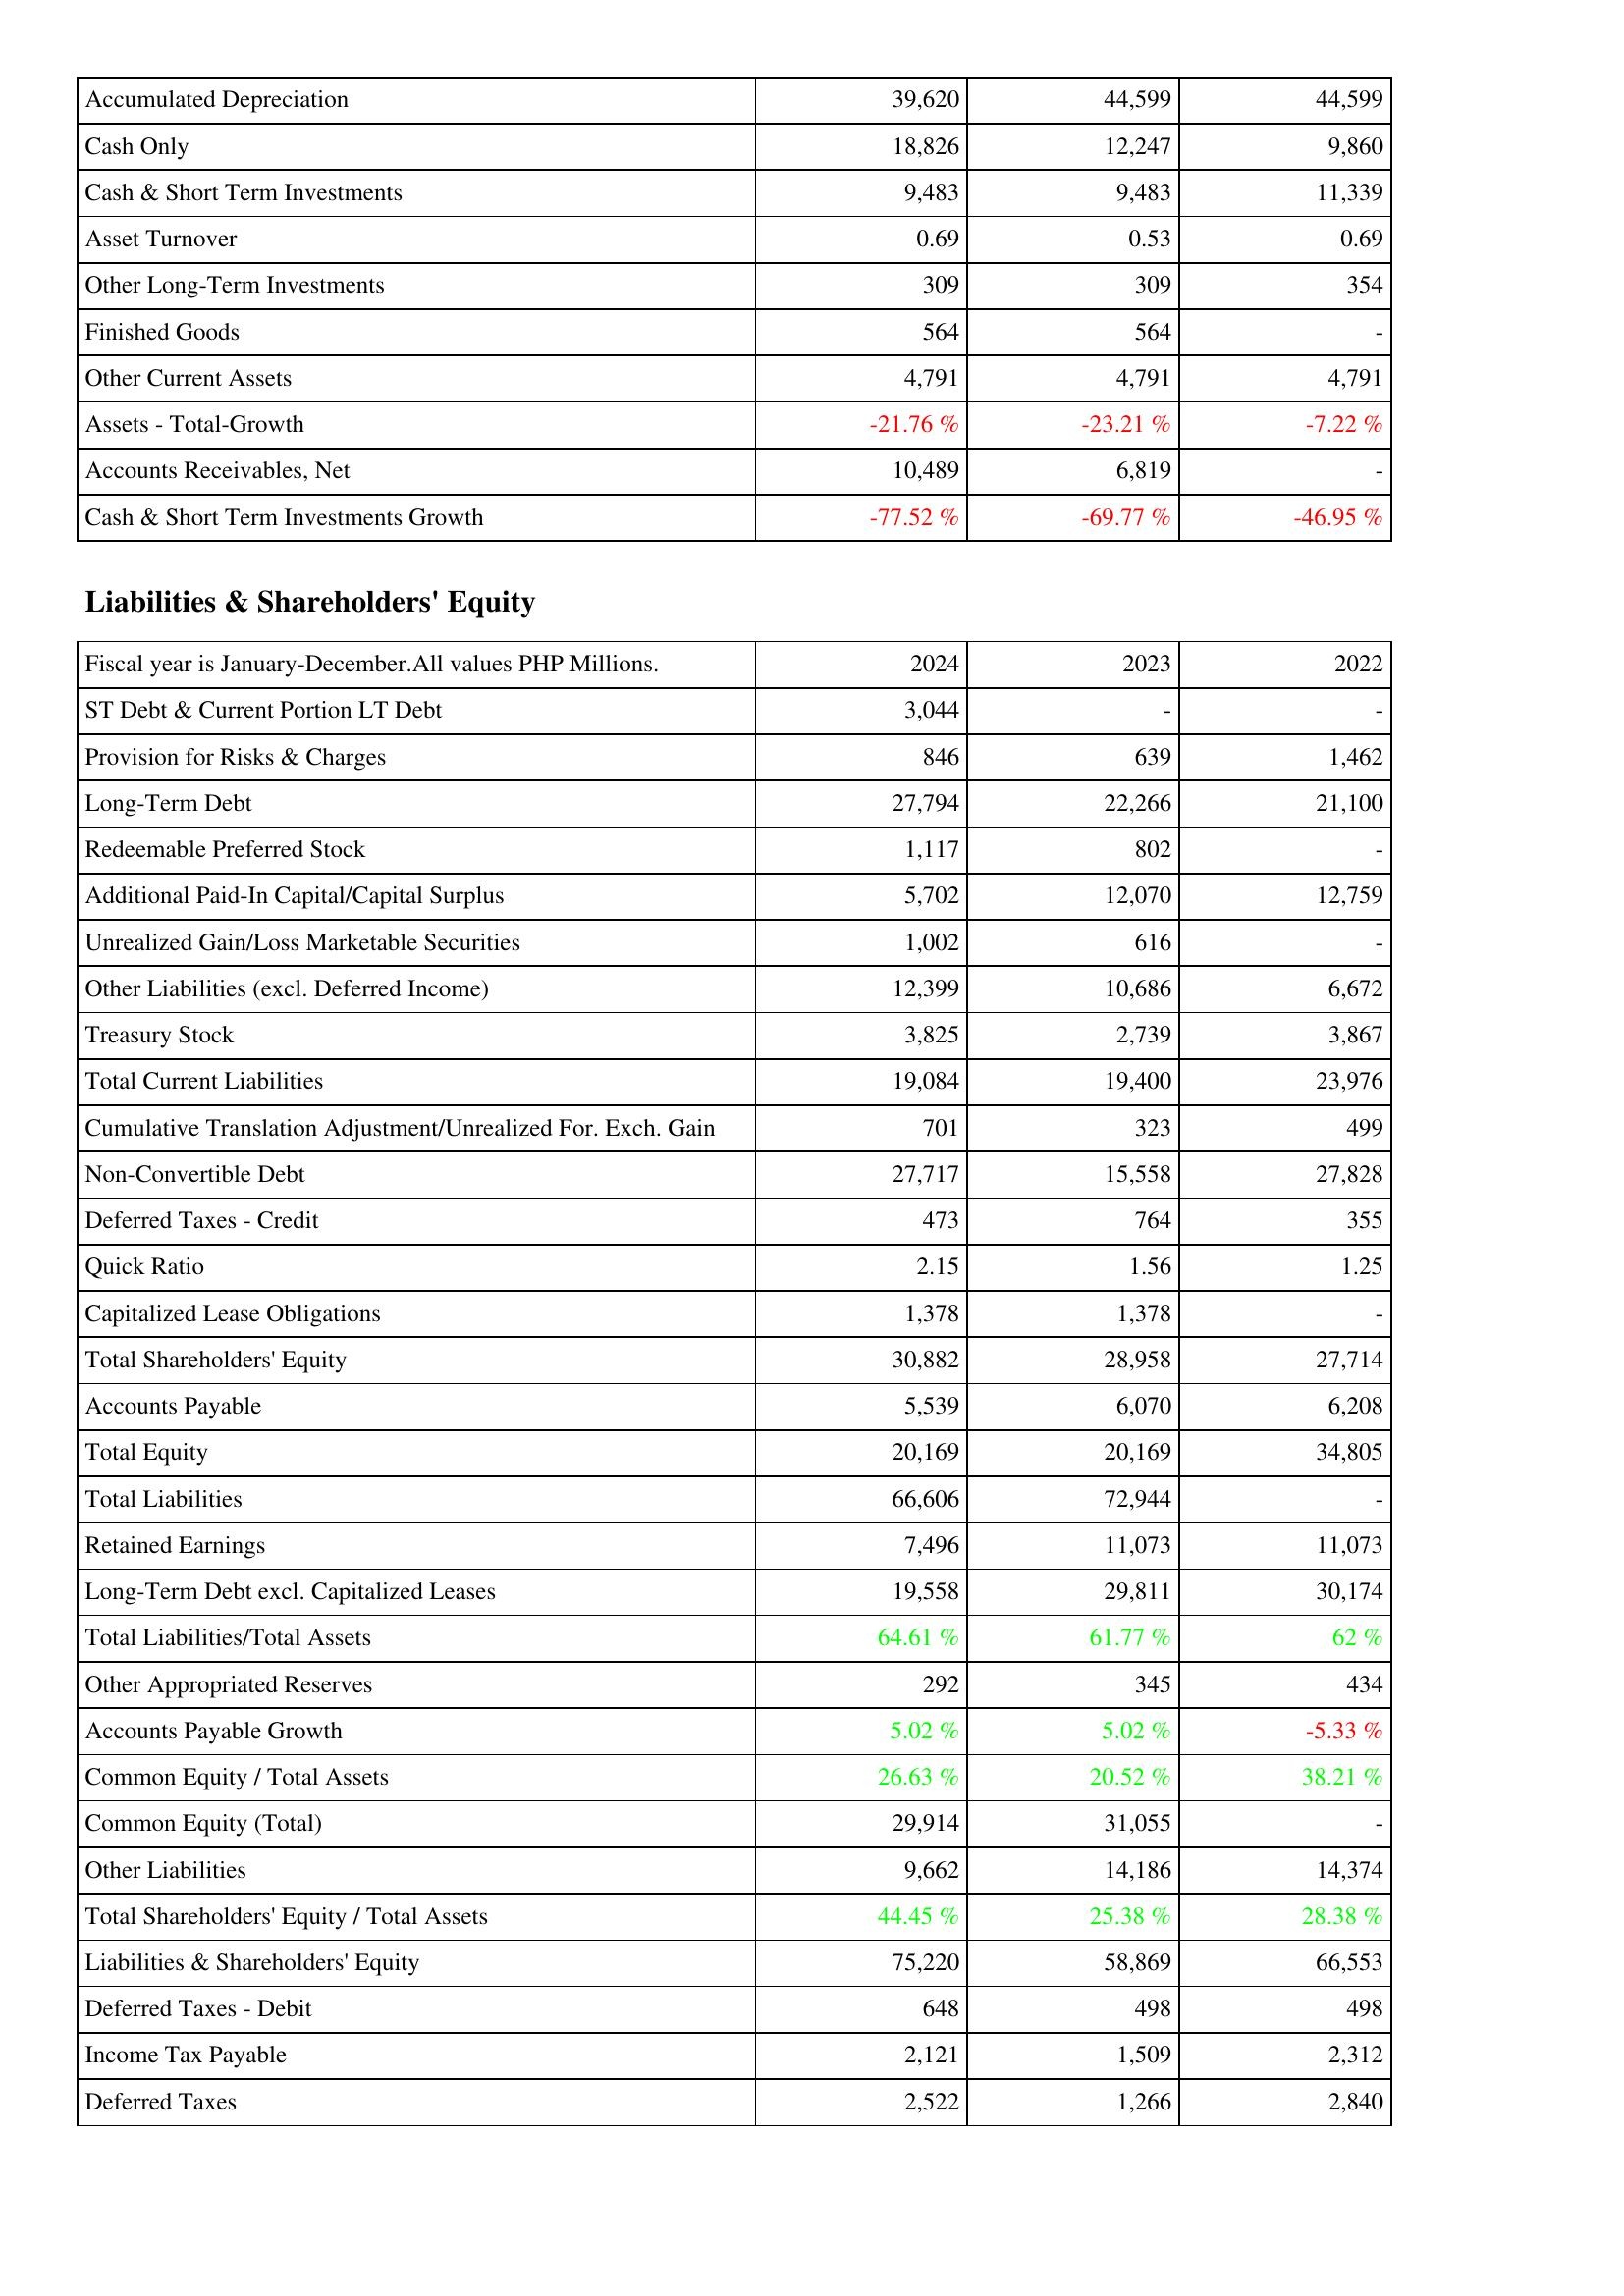
2024: Assets: Accumulated Depreciation: 39,620
Cash Only: 18,826
Cash & Short Term Investments: 9,483
Asset Turnover: 0.69
Other Long-Term Investments: 309
Finished Goods: 564
Other Current Assets: 4,791
Assets - Total-Growth: -21.76 %
Accounts Receivables, Net: 10,489
Cash & Short Term Investments Growth: -77.52 %
Liabilities & Shareholders' Equity: ST Debt & Current Portion LT Debt: 3,044
Provision for Risks & Charges: 846
Long-Term Debt: 27,794
Redeemable Preferred Stock: 1,117
Additional Paid-In Capital/Capital Surplus: 5,702
Unrealized Gain/Loss Marketable Securities: 1,002
Other Liabilities (excl. Deferred Income): 12,399
Treasury Stock: 3,825
Total Current Liabilities: 19,084
Cumulative Translation Adjustment/Unrealized For. Exch. Gain: 701
Non-Convertible Debt: 27,717
Deferred Taxes - Credit: 473
Quick Ratio: 2.15
Capitalized Lease Obligations: 1,378
Total Shareholders' Equity: 30,882
Accounts Payable: 5,539
Total Equity: 20,169
Total Liabilities: 66,606
Retained Earnings: 7,496
Long-Term Debt excl. Capitalized Leases: 19,558
Total Liabilities/Total Assets: 64.61 %
Other Appropriated Reserves: 292
Accounts Payable Growth: 5.02 %
Common Equity / Total Assets: 26.63 %
Common Equity (Total): 29,914
Other Liabilities: 9,662
Total Shareholders' Equity / Total Assets: 44.45 %
Liabilities & Shareholders' Equity: 75,220
Deferred Taxes - Debit: 648
Income Tax Payable: 2,121
Deferred Taxes: 2,522
2023: Assets: Accumulated Depreciation: 44,599
Cash Only: 12,247
Cash & Short Term Investments: 9,483
Asset Turnover: 0.53
Other Long-Term Investments: 309
Finished Goods: 564
Other Current Assets: 4,791
Assets - Total-Growth: -23.21 %
Accounts Receivables, Net: 6,819
Cash & Short Term Investments Growth: -69.77 %
Liabilities & Shareholders' Equity: ST Debt & Current Portion LT Debt: -
Provision for Risks & Charges: 639
Long-Term Debt: 22,266
Redeemable Preferred Stock: 802
Additional Paid-In Capital/Capital Surplus: 12,070
Unrealized Gain/Loss Marketable Securities: 616
Other Liabilities (excl. Deferred Income): 10,686
Treasury Stock: 2,739
Total Current Liabilities: 19,400
Cumulative Translation Adjustment/Unrealized For. Exch. Gain: 323
Non-Convertible Debt: 15,558
Deferred Taxes - Credit: 764
Quick Ratio: 1.56
Capitalized Lease Obligations: 1,378
Total Shareholders' Equity: 28,958
Accounts Payable: 6,070
Total Equity: 20,169
Total Liabilities: 72,944
Retained Earnings: 11,073
Long-Term Debt excl. Capitalized Leases: 29,811
Total Liabilities/Total Assets: 61.77 %
Other Appropriated Reserves: 345
Accounts Payable Growth: 5.02 %
Common Equity / Total Assets: 20.52 %
Common Equity (Total): 31,055
Other Liabilities: 14,186
Total Shareholders' Equity / Total Assets: 25.38 %
Liabilities & Shareholders' Equity: 58,869
Deferred Taxes - Debit: 498
Income Tax Payable: 1,509
Deferred Taxes: 1,266
2022: Assets: Accumulated Depreciation: 44,599
Cash Only: 9,860
Cash & Short Term Investments: 11,339
Asset Turnover: 0.69
Other Long-Term Investments: 354
Finished Goods: -
Other Current Assets: 4,791
Assets - Total-Growth: -7.22 %
Accounts Receivables, Net: -
Cash & Short Term Investments Growth: -46.95 %
Liabilities & Shareholders' Equity: ST Debt & Current Portion LT Debt: -
Provision for Risks & Charges: 1,462
Long-Term Debt: 21,100
Redeemable Preferred Stock: -
Additional Paid-In Capital/Capital Surplus: 12,759
Unrealized Gain/Loss Marketable Securities: -
Other Liabilities (excl. Deferred Income): 6,672
Treasury Stock: 3,867
Total Current Liabilities: 23,976
Cumulative Translation Adjustment/Unrealized For. Exch. Gain: 499
Non-Convertible Debt: 27,828
Deferred Taxes - Credit: 355
Quick Ratio: 1.25
Capitalized Lease Obligations: -
Total Shareholders' Equity: 27,714
Accounts Payable: 6,208
Total Equity: 34,805
Total Liabilities: -
Retained Earnings: 11,073
Long-Term Debt excl. Capitalized Leases: 30,174
Total Liabilities/Total Assets: 62 %
Other Appropriated Reserves: 434
Accounts Payable Growth: -5.33 %
Common Equity / Total Assets: 38.21 %
Common Equity (Total): -
Other Liabilities: 14,374
Total Shareholders' Equity / Total Assets: 28.38 %
Liabilities & Shareholders' Equity: 66,553
Deferred Taxes - Debit: 498
Income Tax Payable: 2,312
Deferred Taxes: 2,840